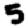
Digit: 5